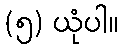
(၅) ယုံပါ။